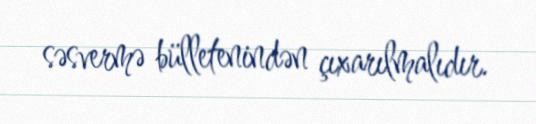
səsvermə bülletenindən çıxarılmalıdır.